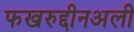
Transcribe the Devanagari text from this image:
फखरुद्दीनअली